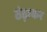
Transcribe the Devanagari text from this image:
ठंड़ाकर